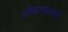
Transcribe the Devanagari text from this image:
जीवाभावाचे